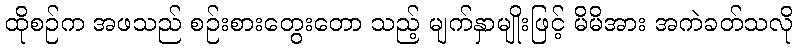
ထိုစဉ်က အဖသည် စဉ်းစားတွေးတော သည့် မျက်နှာမျိုးဖြင့် မိမိအား အကဲခတ်သလို